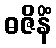
ဓဇိနိံ